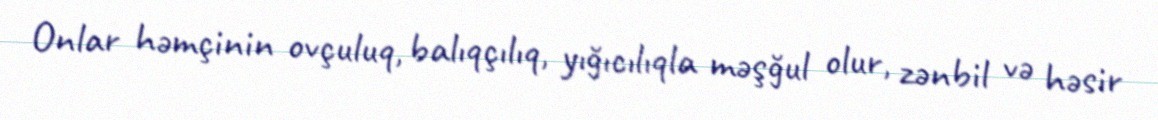
Onlar həmçinin ovçuluq, balıqçılıq, yığıcılıqla məşğul olur, zənbil və həsir